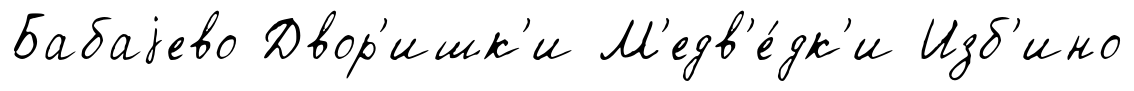
Бабаjево Двор'ишк'и М'едв'е́дк'и Изб'ино